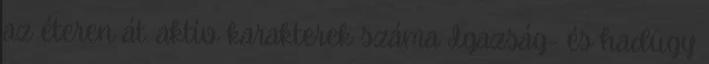
az éteren át. aktív karakterek száma Igazság- és hadügy